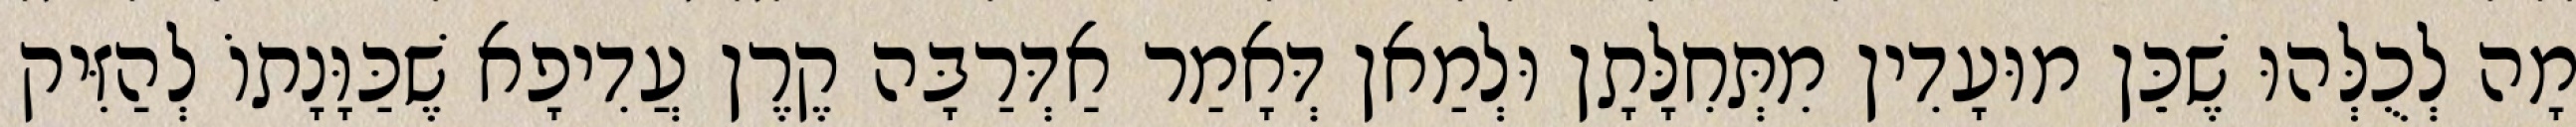
מָה לְכֻלְּהוּ שֶׁכֵּן מוּעָדִין מִתְּחִלָּתָן וּלְמַאן דְּאָמַר אַדְּרַבָּה קֶרֶן עֲדִיפָא שֶׁכַּוָּנָתוֹ לְהַזִּיק